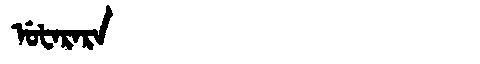
Manchu: ᡠᡶᠠᡵᠠᡵᠠ
Romanization: UFARARA